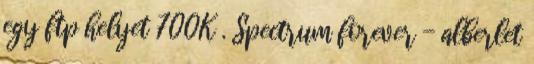
egy ftp helyet 700K . Spectrum forever - alberlet